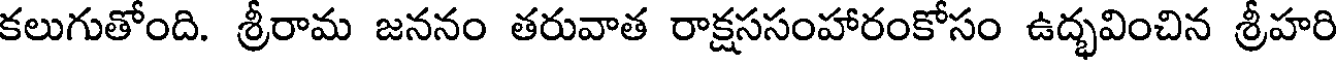
కలుగుతోంది. శ్రీరామ జననం తరువాత రాక్షససంహారంకోసం ఉద్భవించిన శ్రీహరి